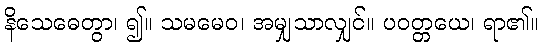
နိသေဓေတွာ၊ ၍။ သမမေဝ၊ အမျှသာလျှင်။ ပဝတ္တယေ၊ ရာ၏။